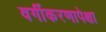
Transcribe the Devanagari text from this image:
वर्गीकरणापेक्षा